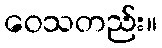
ဝေသတည်း။